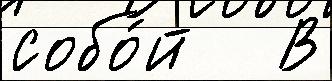
собо́й   В